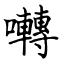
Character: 囀